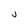
Character: j